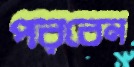
পরবেন